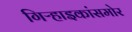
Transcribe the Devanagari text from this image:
गिऱ्हाइकांसमोर